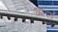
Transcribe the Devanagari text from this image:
श्वार्त्स